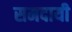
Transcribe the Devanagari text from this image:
समदायी